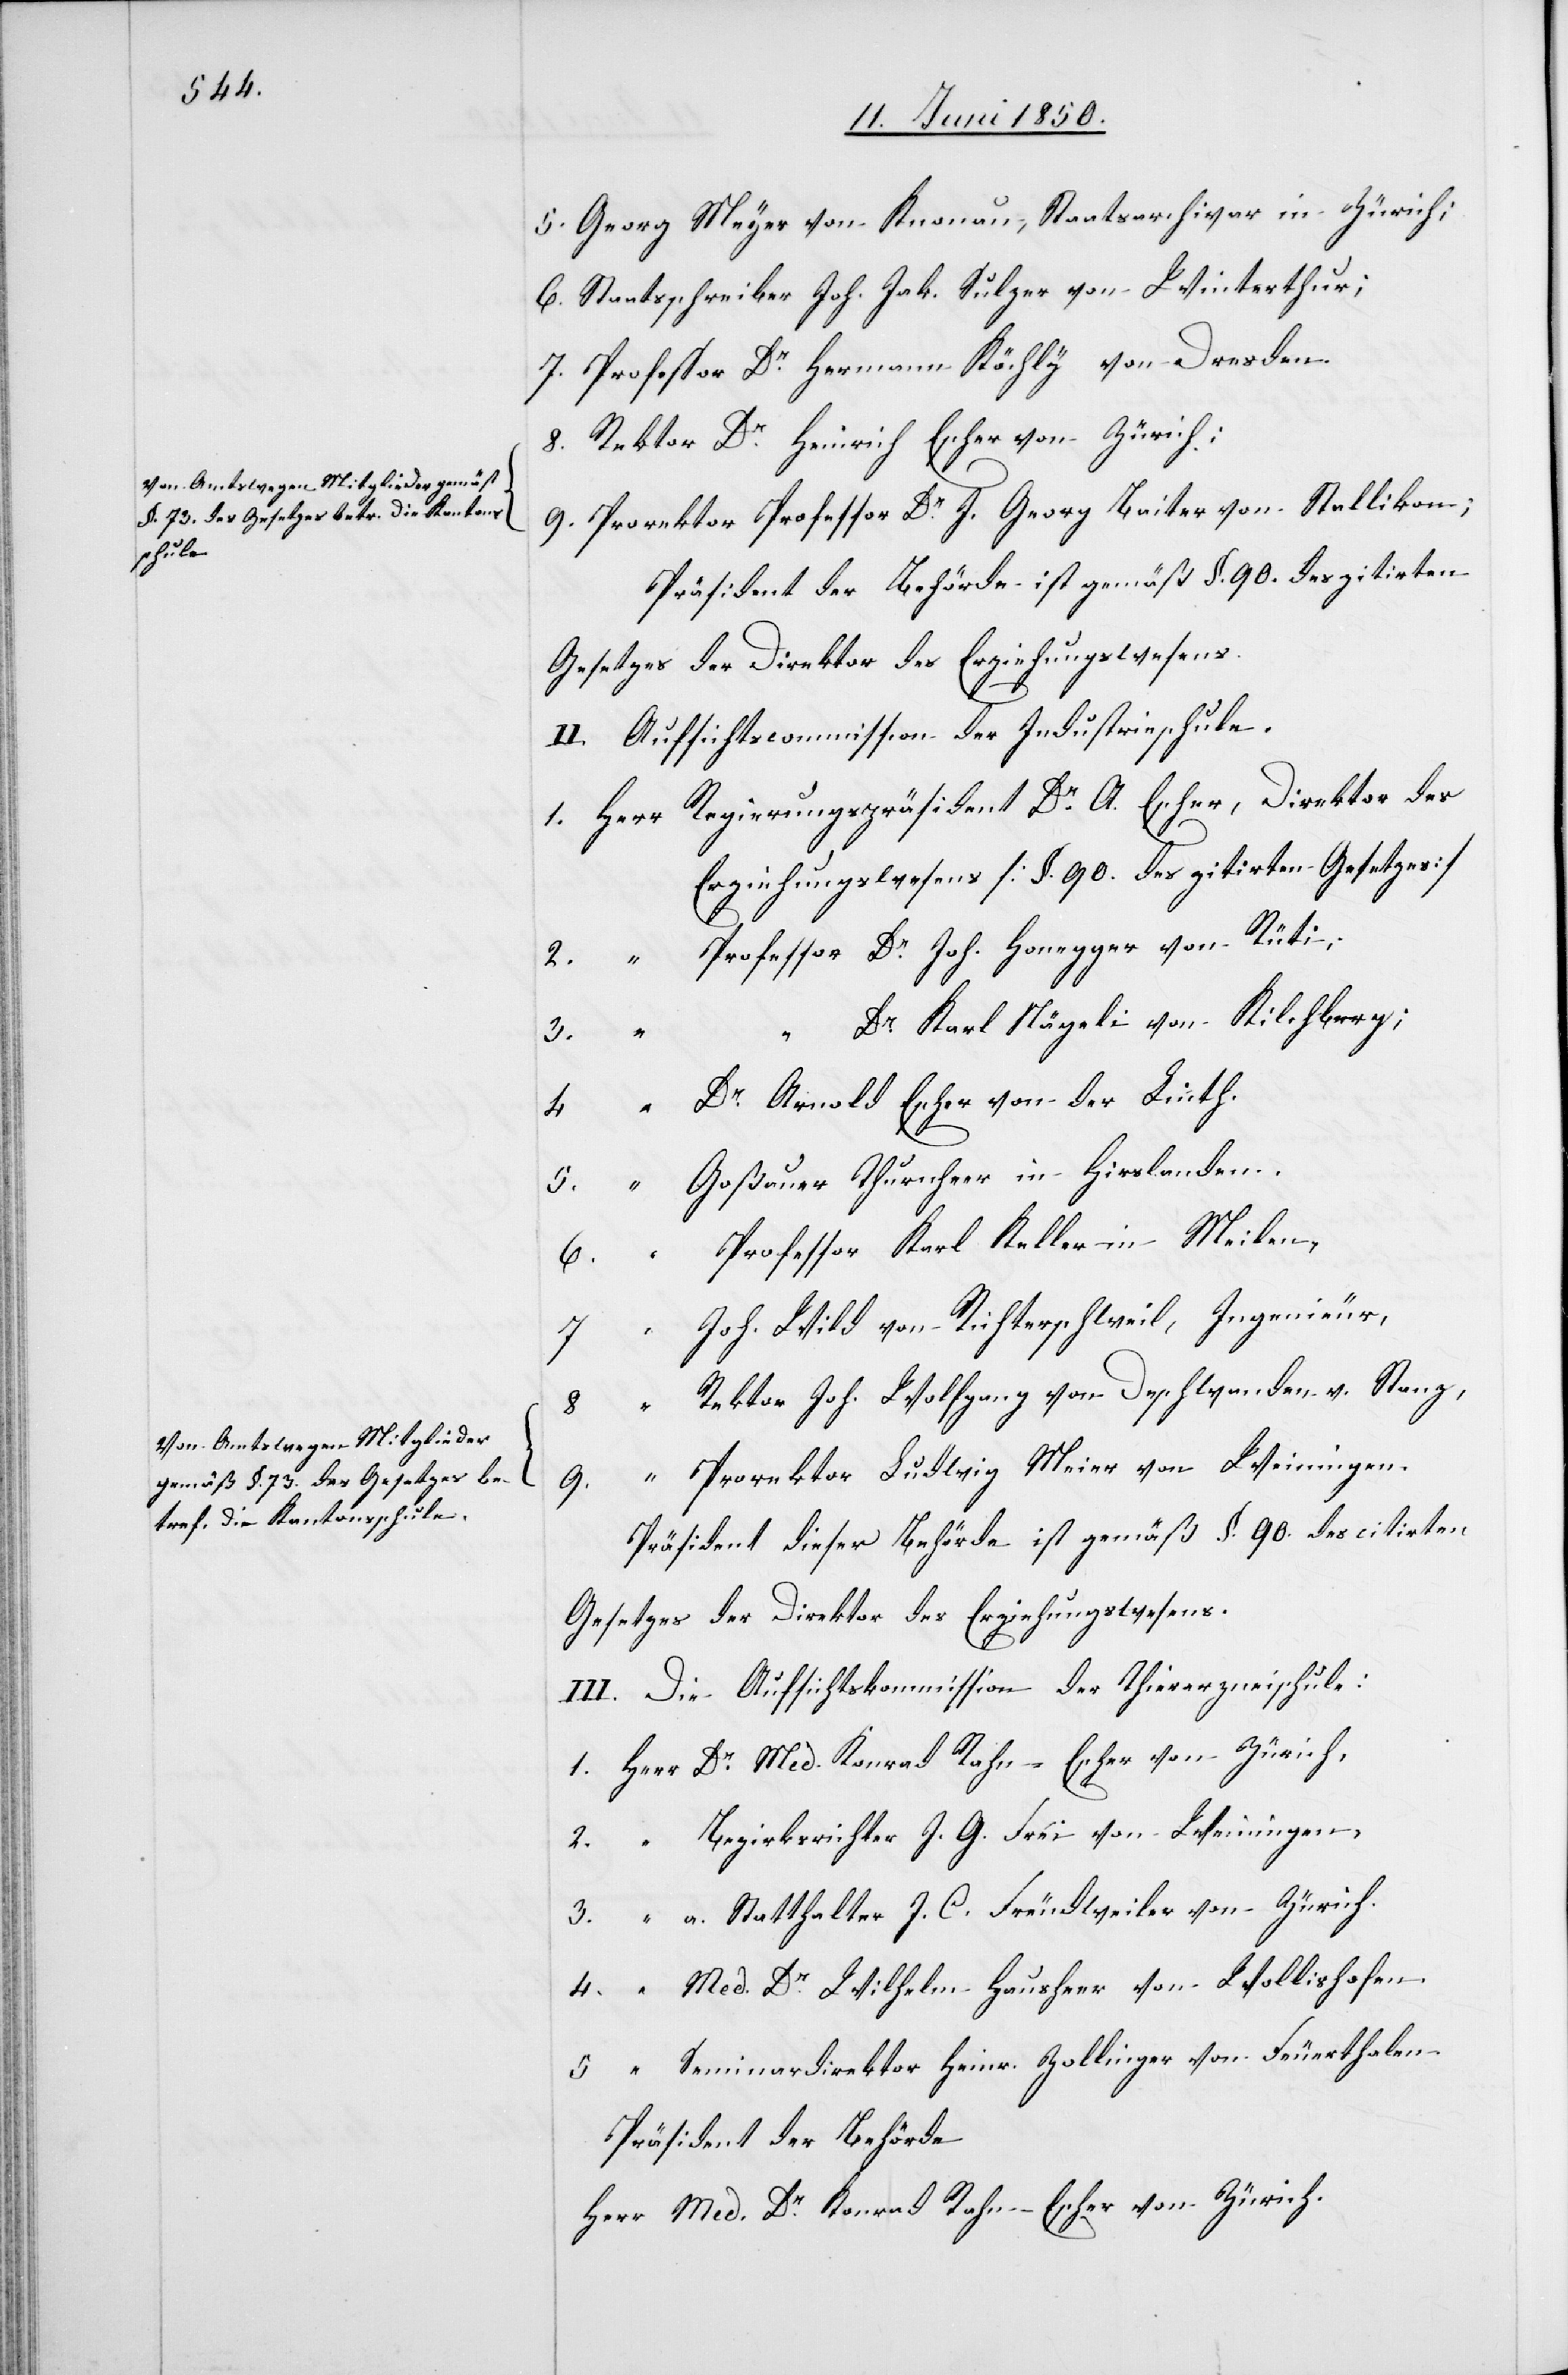
Von Amtswegen Mitglieder gemäss
§. 73. des Gesetzes betr. die Kantons¬
schule.
Von Amtswegen Mitglieder
gemäß §. 73. des Gesetzes be¬
tref. die Kantonsschule.

“

5. Georg Meyer von Knonau, Staatsarchivar in Zürich;
6. Staatsschreiber Joh. Jak. Sulzer von Winterthur;
7. Professor Dr Hermann Köchly von Dresden.
8. Rektor Dr Heinrich Escher von Zürich;
9. Prorektor Professor Dr J. Georg Baiter von Stallikon;
Präsident der Behörde ist gemäß §. 90. des citirten
Gesetzes der Direktor des Erziehungswesens.
II. Aufsichtscommission der Industrieschule.
1. Herr Regierungspräsident Dr A. Escher, Direktor des
Erziehungswesens [§. 90. des zitirten Gesetzes]
2. [Herr] Professor Dr Joh. Honegger von Rüti;
“ Dr Karl Nägeli von Kilchberg;
4. “ Dr Arnold Escher von der Linth.
5. “ Goßauer Thurnheer in Hirslanden.
6. “ Professor Karl Keller in Meilen,
7 “ Joh. Wild von Richterschweil, Ingenieur,
“ Rektor Joh. Wolfgang von Deschwanden v. Stanz,
3.
9. “ Prorektor Ludwig Meier von Weiningen.
Gesetzes der Direktor des Erziehungswesens.
III. Die Aufsichtskommission der Thierarzneischule:
1. Herr Dr Med. Konrad Rahn-Escher von Zürich,
2. “ Bezirksrichter J. G. Frei von Weiningen,
3. “ a. Statthalter J. C. Freudweiler von Zürich.
4. “ Med. Dr Wilhelm Hausheer von Wollishofen.
5 [Herr] Seminardirektor Heinr. Zollinger von Feuerthalen.
Präsident der Behörde
Herr Med. Dr Konrad Rahn-Escher von Zürich.